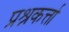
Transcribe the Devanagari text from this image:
प्रश्नकर्त्ता